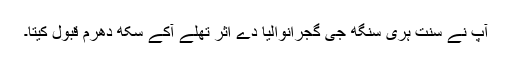
آپ نے سنت ہری سنگھ جی گجرانوالیا دے اثر تھلے آکے سکھ دھرم قبول کیتا۔